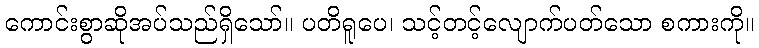
ကောင်းစွာဆိုအပ်သည်ရှိသော်။ ပတိရူပေ၊ သင့်တင့်လျောက်ပတ်သော စကားကို။